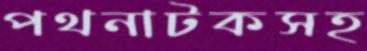
পথনাটকসহ